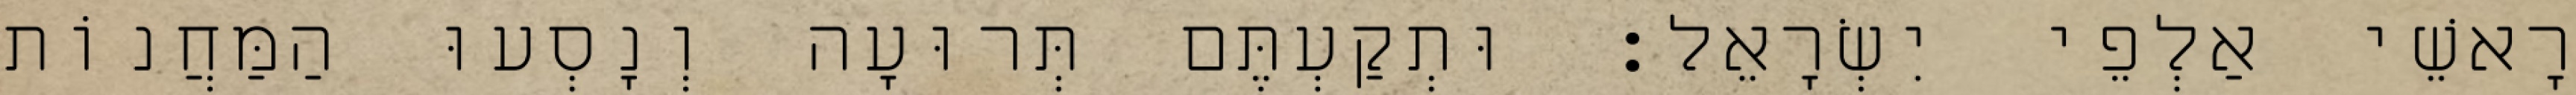
רָאשֵׁי אַלְפֵי יִשְׂרָאֵל׃ וּתְקַעְתֶּם תְּרוּעָה וְנָסְעוּ הַמַּחֲנוֹת